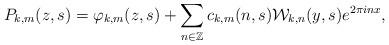
LaTeX: \begin{align*}P_{k,m}(z,s) = \varphi_{k,m}(z, s) + \sum_{n \in \mathbb{Z}} c_{k,m}(n,s)\mathcal{W}_{k,n}(y,s)e^{2\pi inx},\end{align*}